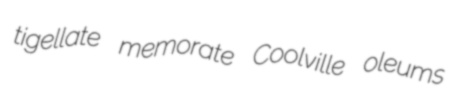
tigellate memorate Coolville oleums